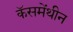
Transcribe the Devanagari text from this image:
कॅसमेंथीन